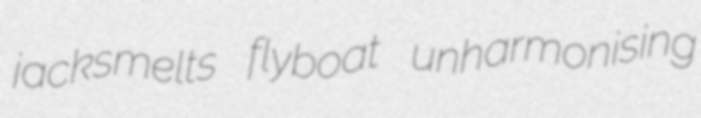
jacksmelts flyboat unharmonising